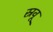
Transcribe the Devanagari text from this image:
स्रवू